Annual report of the Bengal Veterinary College and of the Civil Veterinary Department, Bengal, for the year 1919-20 - 1919-1920
Year: 1919
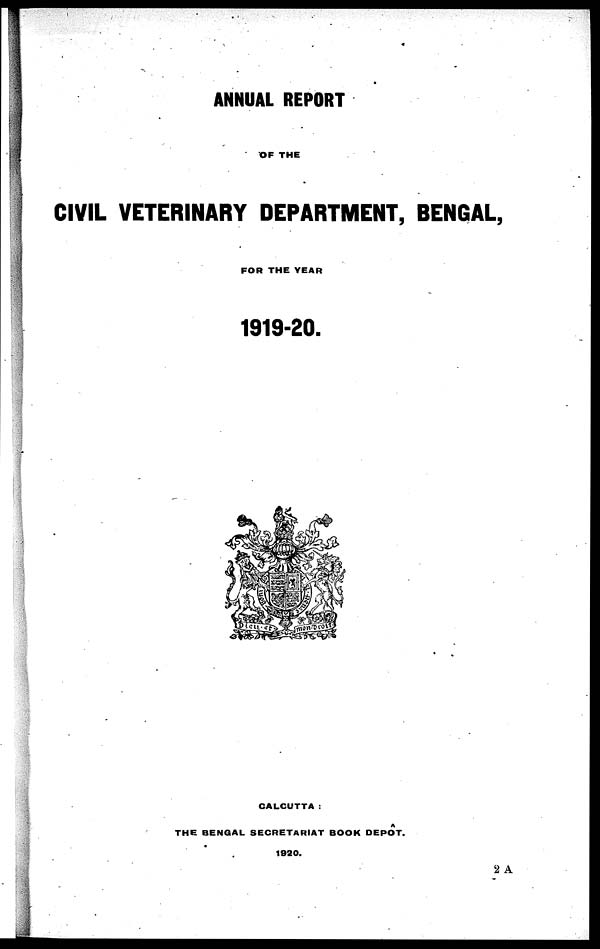
ANNUAL REPORT
OF THE
CIVIL VETERINARY DEPARTMENT, BENGAL,
FOR THE YEAR
1919-20.
CALCUTTA:
A
THE BENGAL SECRETARIAT BOOK DEPOT.
1920.
2 A